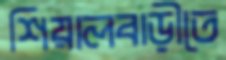
শিয়ালবাড়ীতে